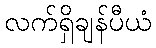
လက်ရှိချန်ပီယံ